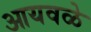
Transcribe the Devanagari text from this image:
आयवळे